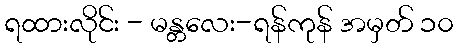
ရထားလိုင်း - မန္တလေး-ရန်ကုန် အမှတ် ၁၀